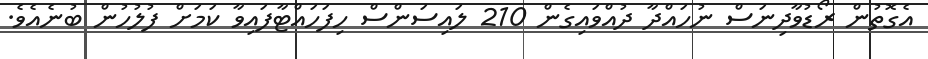
އެގޮތުން ރޯޑުވާދިނަސް ނުހައްދާ ދުއްވައިގެން 210 ލައިސަންސް ހިފަހައްޓާފައިވާ ކަމަށް ފުލުހުން ބުނެއެވެ.